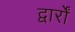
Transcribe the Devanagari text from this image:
द्वार्रों